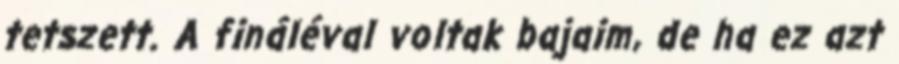
tetszett. A fináléval voltak bajaim, de ha ez azt